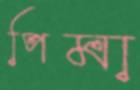
পিমা